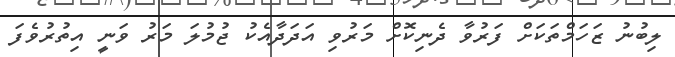
ލިބުނު ޒަހަމްތަކަށް ފަރުވާ ދެނިކޮށް މަރުވި އަދަދާއެކު ޖުމުލަ މަރު ވަނީ އިތުރުވެފަ